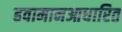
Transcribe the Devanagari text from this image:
हवामानआधारित